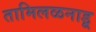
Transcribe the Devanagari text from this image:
तामिलळनाडू